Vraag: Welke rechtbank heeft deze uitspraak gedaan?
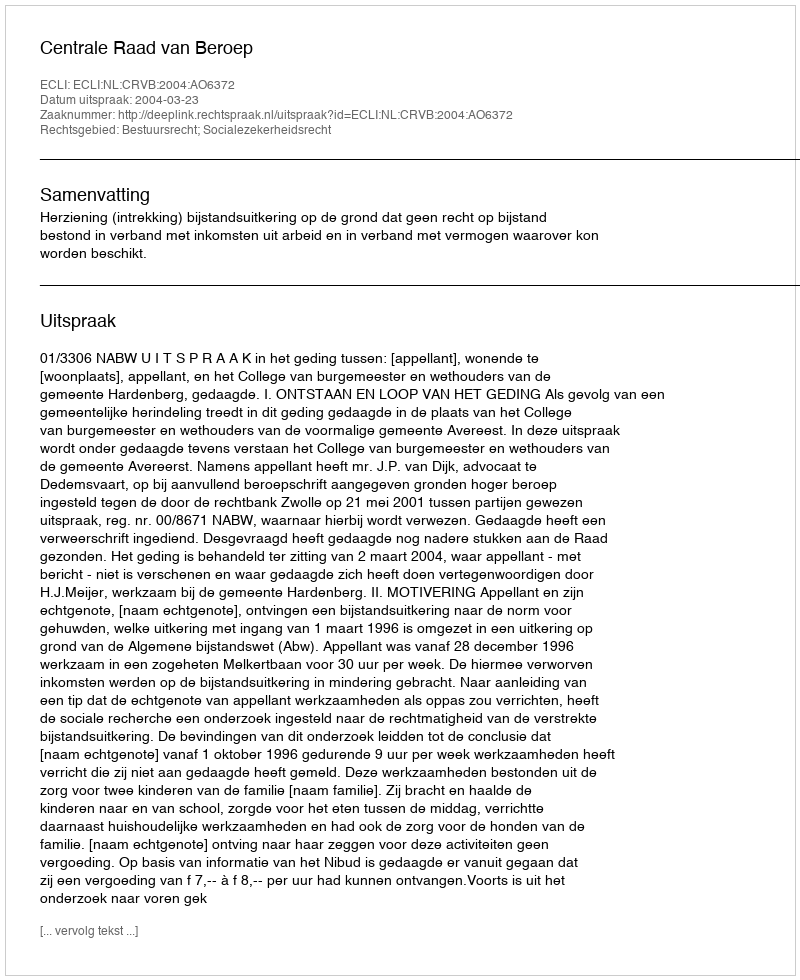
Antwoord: Centrale Raad van Beroep